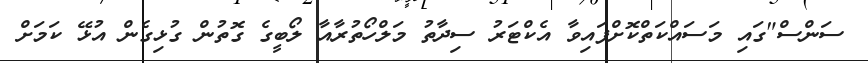
ސަންސް"ގައި މަސައްކަތްކޮށްފައިވާ އެކްޓަރު ސިދާތު މަލްހޯތުރާއާ ލޯބީގެ ގޮތުން ގުޅިގެން އުޅޭ ކަމަށް